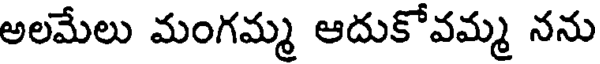
అలమేలు మంగమ్మ ఆదుకోవమ్మ నను